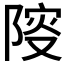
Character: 𨺦